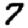
Digit: 7